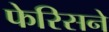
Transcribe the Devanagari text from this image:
फेरिसने